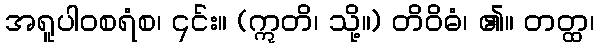
အရူပါဝစရံစ၊ ၎င်း။ (ဣတိ၊ သို့။) တိဝိဓံ၊ ၏။ တတ္ထ၊